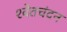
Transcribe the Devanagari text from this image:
श्‍वेतचंदन